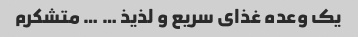
یک وعده غذای سریع و لذیذ … … متشکرم